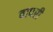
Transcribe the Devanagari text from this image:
वापरी